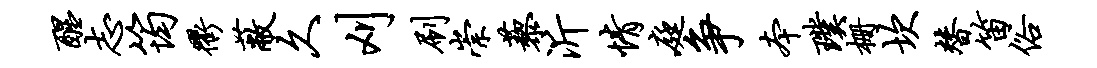
醒志筠衢蔽久刈刷崇藜沂情庭争本璞栅坎替笛俗